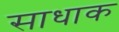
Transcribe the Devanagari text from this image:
साधाक